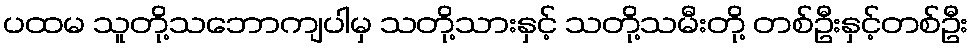
ပထမ သူတို့သဘောကျပါမှ သတို့သားနှင့် သတို့သမီးတို့ တစ်ဦးနှင့်တစ်ဦး